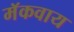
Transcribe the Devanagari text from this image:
मॅकवाय